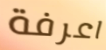
اعرفة